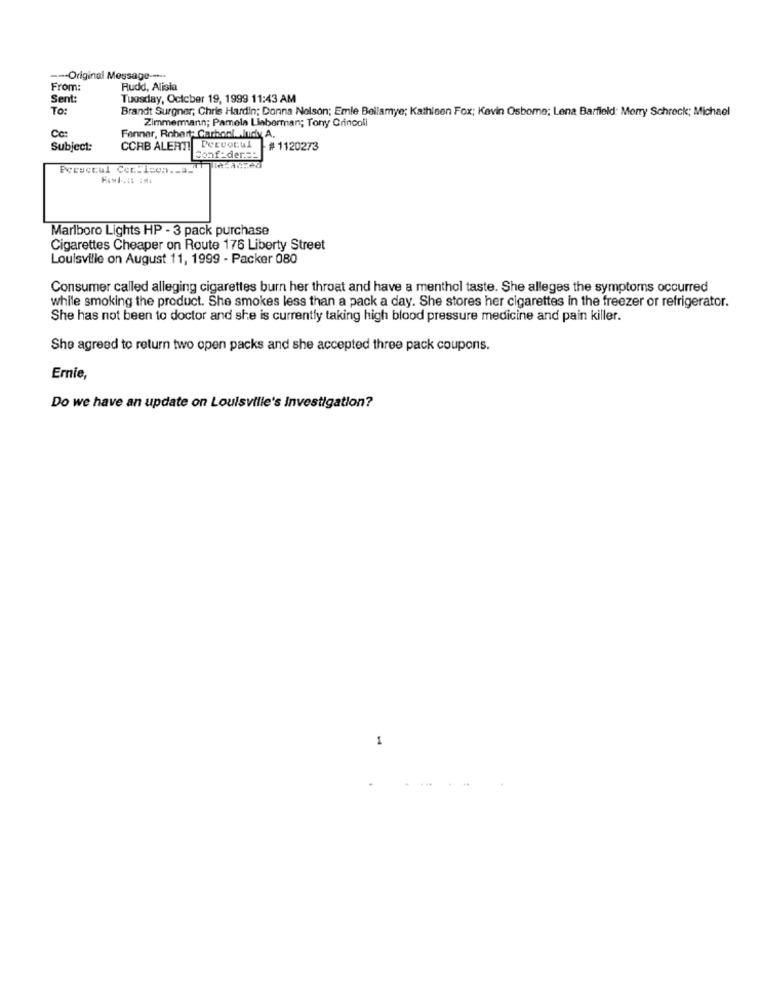
--- Original Message --...
From:
Rudd, Alisia
Sent:
Tuesday, October 19, 1999 11:43 AM
To:
Brandt Surgner, Chris Hardin; Donna Nelson; Emle Bellamye; Kathisen Fox; Kevin Osbome; Lena Barfield: Merry Schreck; Michael
Zimmermann; Pamela Lieberman; Tony Crincoll
Cc:
Fenner, Robert: Carboni Audy A.
Subject:
CCHB ALERT! DeEvocul #1120273
Sonf_der .==
Persecul Cer:icon __ a_
Marlboro Lights HP - 3 pack purchase
Cigarettes Cheaper on Route 175 Liberty Street
Louisville on August 11, 1999 - Packer 080
Consumer called alleging cigarettes burn her throat and have a menthol taste. She alleges the symptoms occurred
while smoking the product. She smokes less than a pack a day. She stores her cigarettes in the freezer or refrigerator.
She has not been to doctor and she is currently taking high blood pressure medicine and pain killer.
She agreed to return two open packs and she accepted three pack coupons.
Ernie,
Do we have an update on Louisville's Investigation?
1